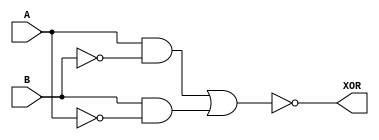
module xor_gate(input A, input B, output XOR);

  wire not_B;
  wire not_A;
  wire tg1_out;
  wire tg2_out;

  // CMOS transmission gates
  assign not_B = ~B;
  assign not_A = ~A;
  assign tg1_out = A & not_B;
  assign tg2_out = B & not_A;

  // NOR gate for final XOR output
  assign XOR = ~(tg1_out | tg2_out);
  
endmodule